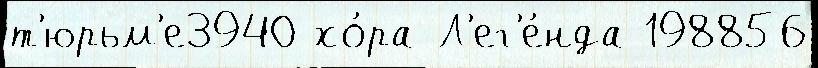
т'юрьм'е3940 хо́ра Л'ег'е́нда 198856